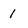
Character: 1